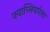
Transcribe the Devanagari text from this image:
क्वाग्लियारेला